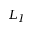
L _ { I }